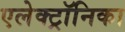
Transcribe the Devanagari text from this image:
एलेक्ट्रॉनिका